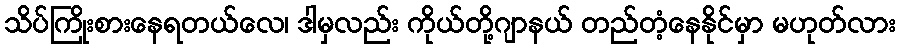
သိပ်ကြိုးစားနေရတယ်လေ၊ ဒါမှလည်း ကိုယ်တို့ဂျာနယ် တည်တံ့နေနိုင်မှာ မဟုတ်လား